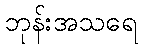
ဘုန်းအသရေ